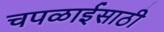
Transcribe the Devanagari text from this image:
चपळाईसाठी